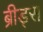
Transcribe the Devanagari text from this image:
ब्रीड्स